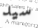
سيد